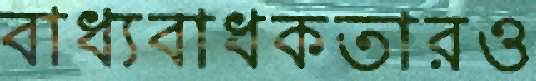
বাধ্যবাধকতারও